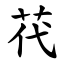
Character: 䒫